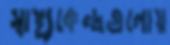
স্বাস্থ্যকেন্দ্রগুলোয়